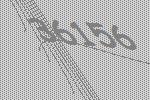
36156